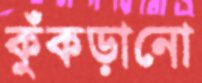
কুঁকড়ানো